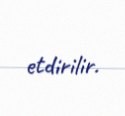
etdirilir.